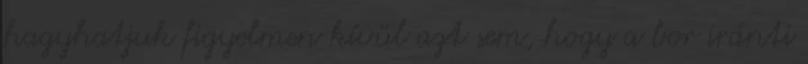
hagyhatjuk figyelmen kívül azt sem, hogy a bor iránti